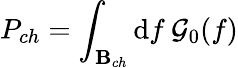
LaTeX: P_{ch}=\int_{\mathbf{B}_{ch}}\mathrm{{d}}f\: \mathcal{{G}}_{0}(f)